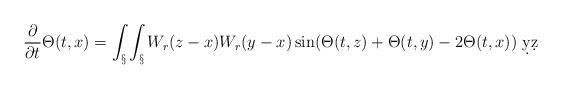
LaTeX: \begin{align*}\frac{\partial}{\partial t} \Theta(t,x) = \int_\S \int_\S W_r(z-x)W_r(y-x) \sin(\Theta(t,z)+\Theta(t,y)-2\Theta(t,x))\ \d y \d z\end{align*}